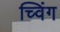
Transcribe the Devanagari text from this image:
च्विंग